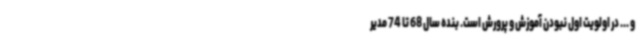
و ... در اولویت اول نبودن آموزش و پرورش است. بنده سال 68 تا 74 مدیر